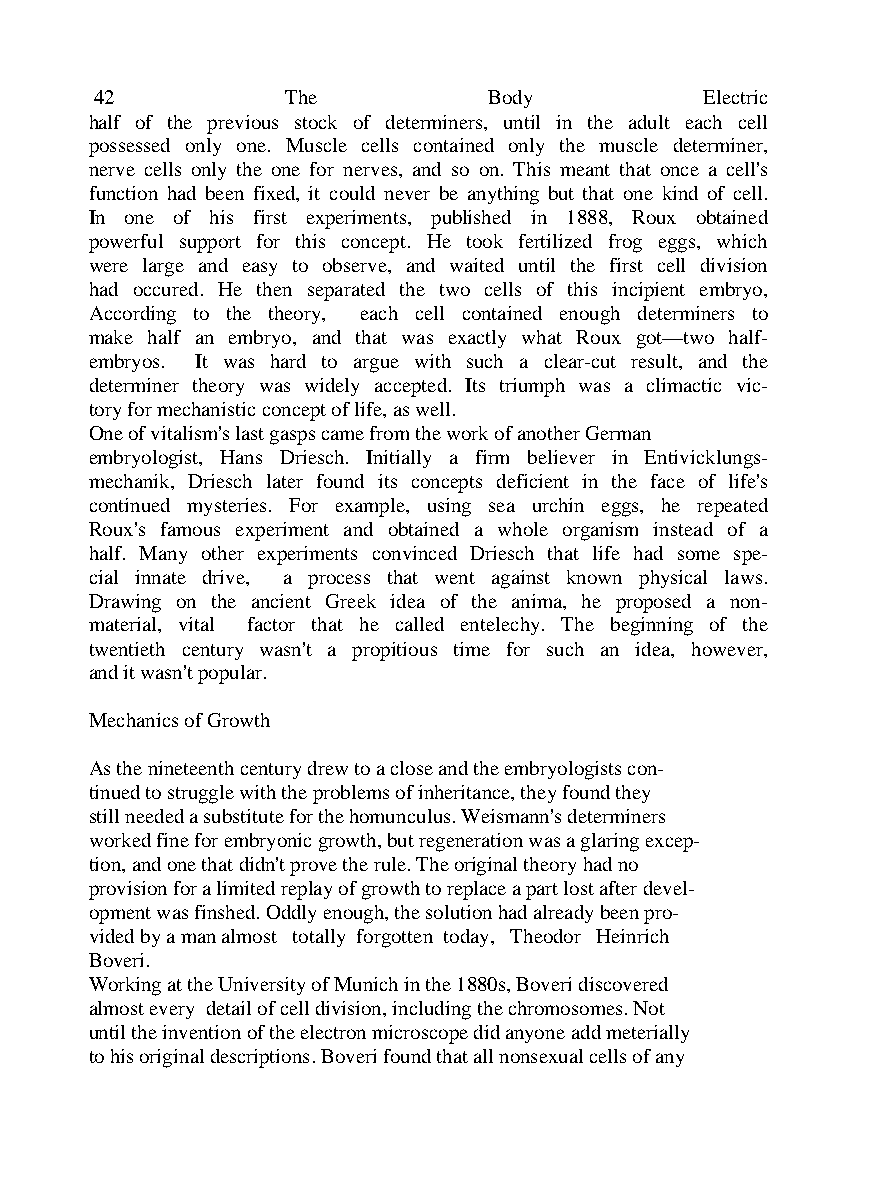
42           The          Body          Electric
 half of the previous stock of determiners, until in the adult each cell
 possessed only one. Muscle cells contained only the muscle determiner,
 nerve cells only the one for nerves, and so on. This meant that once a cell's
 function had been fixed, it could never be anything but that one kind of cell.
 In one of his first experiments, published in 1888, Roux obtained
 powerful support for this concept. He took fertilized frog eggs, which
 were large and easy to observe, and waited until the first cell division
 had occured. He then separated the two cells of this incipient embryo,
 According to the theory, each cell contained enough determiners to
 make half an embryo, and that was exactly what Roux got—two half-
 embryos. It was hard to argue with such a clear-cut result, and the
 determiner theory was widely accepted. Its triumph was a climactic vic-
 tory for mechanistic concept of life, as well.
 One of vitalism's last gasps came from the work of another German
 embryologist, Hans Driesch. Initially a firm believer in Entivicklungs-
 mechanik, Driesch later found its concepts deficient in the face of life's
 continued mysteries. For example, using sea urchin eggs, he repeated
 Roux's famous experiment and obtained a whole organism instead of a
 half. Many other experiments convinced Driesch that life had some spe-
 cial innate drive, a process that went against known physical laws.
 Drawing on the ancient Greek idea of the anima, he proposed a non-
 material, vital factor that he called entelechy. The beginning of the
 twentieth century wasn't a propitious time for such an idea, however,
 and it wasn't popular.
 Mechanics of Growth
 As the nineteenth century drew to a close and the embryologists con-
 tinued to struggle with the problems of inheritance, they found they
 still needed a substitute for the homunculus. Weismann's determiners
 worked fine for embryonic growth, but regeneration was a glaring excep-
 tion, and one that didn't prove the rule. The original theory had no
 provision for a limited replay of growth to replace a part lost after devel-
 opment was finshed. Oddly enough, the solution had already been pro-
 vided by a man almost totally forgotten today, Theodor Heinrich
 Boveri.
 Working at the University of Munich in the 1880s, Boveri discovered
 almost every detail of cell division, including the chromosomes. Not
 until the invention of the electron microscope did anyone add meterially
 to his original descriptions. Boveri found that all nonsexual cells of any